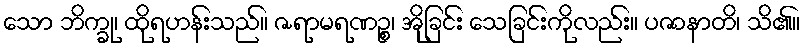
သော ဘိက္ခု၊ ထိုရဟန်းသည်။ ဇရာမရဏဉ္စ၊ အိုခြင်း သေခြင်းကိုလည်း။ ပဇာနာတိ၊ သိ၏။